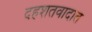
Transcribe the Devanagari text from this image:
दहशतवादात